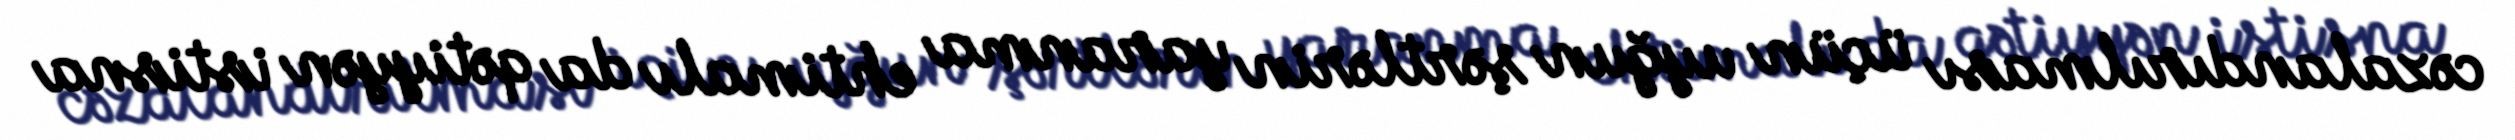
cəzalandırılması üçün uyğun şərtlərin yaranma ehtimalı da qətiyyən istisna